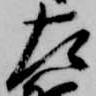
左